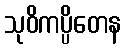
သုဝိကပ္ပိတေန